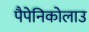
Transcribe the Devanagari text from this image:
पैपेनिकोलाउ